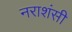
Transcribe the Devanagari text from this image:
नराशंसी